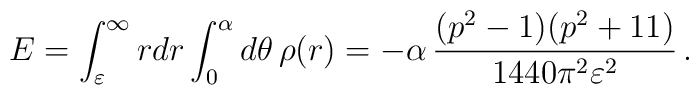
E=\int_{\varepsilon}^{\infty}rdr\int_0^\alpha d\theta \, \rho(r)=-  \alpha\,\frac{(p^2-1)(p^2+11)}{1440\pi^2\varepsilon^2}\,.